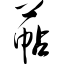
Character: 萜